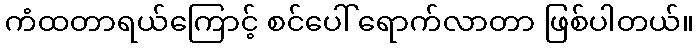
ကံထတာရယ်ကြောင့် စင်ပေါ် ရောက်လာတာ ဖြစ်ပါတယ်။